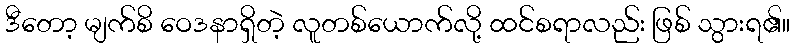
ဒီတော့ မျက်စိ ဝေဒနာရှိတဲ့ လူတစ်ယောက်လို့ ထင်စရာလည်း ဖြစ် သွားရ၏။